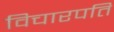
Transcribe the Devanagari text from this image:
विचारपति